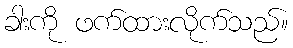
ခါးကို ဖက်ထားလိုက်သည်။